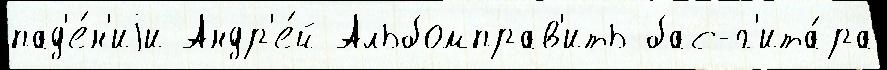
пад'е́н'иjи Андр'е́й Альбомправ'ить бас-г'ита́ра